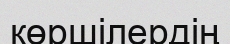
көршілердің